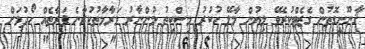
ޤާނޫނީގޮތުން ގެޒެޓްކުރެވޭ ލިޔުން މާލޭ ހުކުރު މިސްކިތު މުންނާރު މަރާމާތުކުރާނެ ފަރާތެއް ހޯދުމަށް